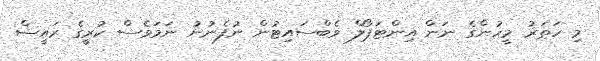
މި ހަތަރު މީހުންގެ ނަން އިންޓަޕޯލް ވެބްސައިޓުން ނުފެނުނު ނަމަވެސް ކުރީގެ ރައީސް